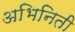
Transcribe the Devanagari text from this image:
अभिनिती